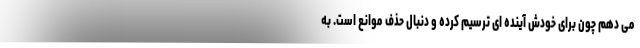
می دهم چون برای خودش آینده ای ترسیم کرده و دنبال حذف موانع است. به